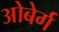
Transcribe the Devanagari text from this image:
ओबेर्ग